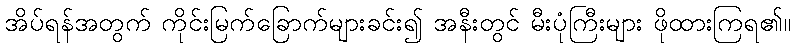
အိပ်ရန်အတွက် ကိုင်းမြက်ခြောက်များခင်း၍ အနီးတွင် မီးပုံကြီးများ ဖိုထားကြရ၏။